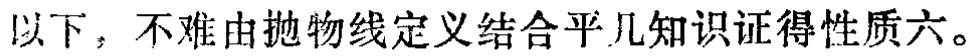
以下，不难由抛物线定义结合平几知识证得性质六。